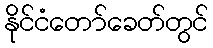
နိုင်ငံတော်ခေတ်တွင်